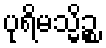
ပုရိမသ္မိဉ္စ